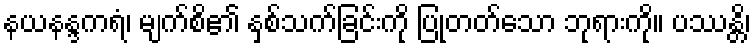
နယနန္ဒကရံ၊ မျက်စိ၏ နှစ်သက်ခြင်းကို ပြုတတ်သော ဘုရားကို။ ပဿန္တိ၊